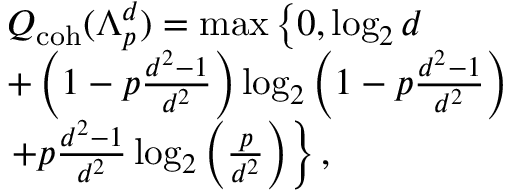
\begin{array} { r l } & { Q _ { \mathrm { c o h } } ( \Lambda _ { p } ^ { d } ) = \operatorname* { m a x } \left\lbrace 0 , \log _ { 2 } { d } \right. } \\ & { + \left( 1 - p \frac { d ^ { 2 } - 1 } { d ^ { 2 } } \right) \log _ { 2 } { \left( 1 - p \frac { d ^ { 2 } - 1 } { d ^ { 2 } } \right) } } \\ & { \left. + p \frac { d ^ { 2 } - 1 } { d ^ { 2 } } \log _ { 2 } { \left( \frac { p } { d ^ { 2 } } \right) } \right\rbrace , } \end{array}